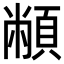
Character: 𩓝